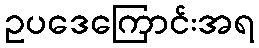
ဥပဒေကြောင်းအရ